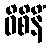
ဝိစိနိံ